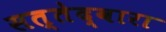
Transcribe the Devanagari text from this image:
सत्तेद्वारा